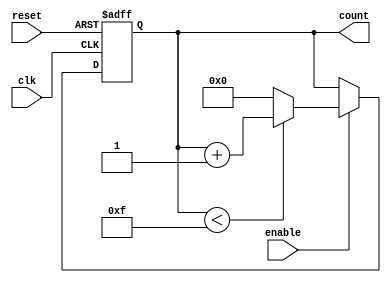
module async_counter (
    input wire clk,         // Clock signal
    input wire reset,       // Asynchronous reset signal
    input wire enable,      // Counter enable signal
    output reg [3:0] count  // 4-bit current count value
);

// Initial value for the counter
initial begin
    count = 4'b0000;  // Start count from 0
end

// Asynchronous reset and counting logic
always @(posedge clk or posedge reset) begin
    if (reset) begin
        count <= 4'b0000; // Reset the counter to 0
    end else if (enable) begin
        if (count < 4'b1111) begin
            count <= count + 1; // Increment the counter
        end else begin
            count <= 4'b0000; // Wrap around to 0
        end
    end
end

endmodule